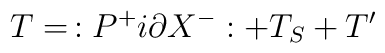
T=\,:P^{+}i\partial X^{-}:+T_S+T^{\prime }